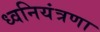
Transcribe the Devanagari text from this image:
ध्वनियंत्रणा